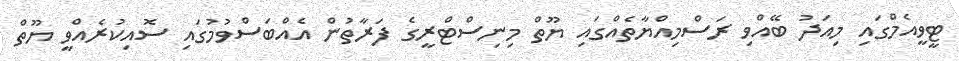
ޓީވީއެމްގައި މިއަދު ބޭއްވި ރަސްމިއްޔާތެއްގައި ޔޫތް މިނިސްޓްރީގެ ފަރާތުން އެއްބަސްވުމުގައި ސޮއިކުރެއްވީ ޔޫތް